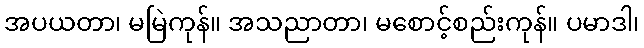
အပယတာ၊ မမြဲကုန်။ အသညာတာ၊ မစောင့်စည်းကုန်။ ပမာဒါ၊